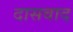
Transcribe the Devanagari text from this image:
दासवाद